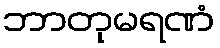
ဘာတုမရဏံ